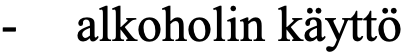
-  alkoholin käyttö